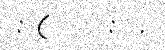
: (     :  .